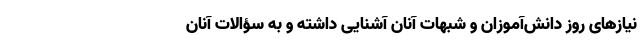
نیازهای روز دانش‌آموزان و شبهات آنان آشنایی داشته و به سؤالات آنان